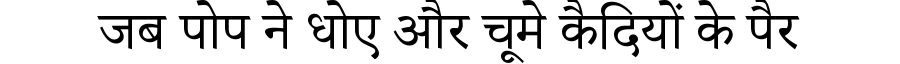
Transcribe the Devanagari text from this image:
जब पोप ने धोए और चूमे कैदियों के पैर